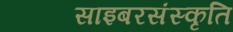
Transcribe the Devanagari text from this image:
साइबरसंस्कृति